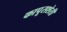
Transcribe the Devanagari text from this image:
कापूसशेती